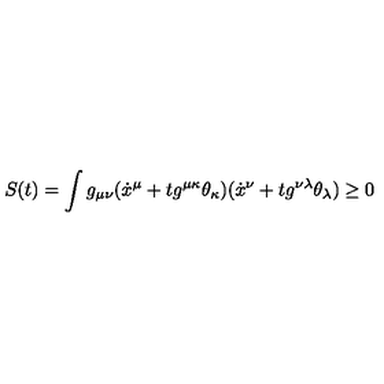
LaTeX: S ( t ) = \int g _ { \mu \nu } ( \dot { x } ^ { \mu } + t g ^ { \mu \kappa } \theta _ { \kappa } ) ( \dot { x } ^ { \nu } + t g ^ { \nu \lambda } \theta _ { \lambda } ) \geq 0